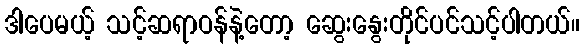
ဒါပေမယ့် သင့်ဆရာဝန်နဲ့တော့ ဆွေးနွေးတိုင်ပင်သင့်ပါတယ်။